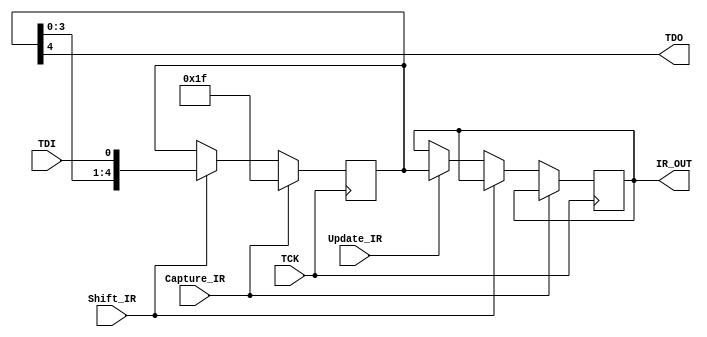
`timescale 1ns / 1ps
//////////////////////////////////////////////////////////////////////////////////
// Company: 
// Engineer: 
// 
// Design Name: 
// Module Name: Instrunction_reg
// Project Name: 
// Target Devices: 
// Tool Versions: 
// Description: 
// 
// Dependencies: 
// 
// Revision:
// Revision 0.01 - File Created
// Additional Comments:
// 
//////////////////////////////////////////////////////////////////////////////////


module Instrunction_reg #(parameter IR_Length = 5) (input TDI , TCK , Shift_IR , Capture_IR , Update_IR , output  TDO , output [IR_Length-1:0] IR_OUT);

reg [IR_Length-1:0] Shift_reg,Update_IR_reg;

always @(posedge TCK)
    begin
        if(Capture_IR)
            begin
                Shift_reg <= {IR_Length{1'b1}};
            end
        else if(Shift_IR)  
            begin
              // Shift_reg[0] <= TDI; 
              Shift_reg  <= {Shift_reg[IR_Length-2:0],TDI};
             //  Shift_reg <= Shift_reg << 1;
            end  
        else if(Update_IR)
            begin
                Update_IR_reg <= Shift_reg;
            end        
    end
 assign TDO = Shift_reg[4];
 assign IR_OUT = Update_IR_reg;
endmodule